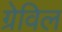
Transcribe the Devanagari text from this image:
ग्रेविल